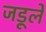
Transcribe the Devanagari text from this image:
जड़ूलें